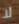
لا